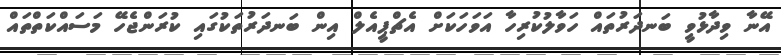
އޭނާ ވިދާޅުވީ ބަނދަރުތައް ހަވާލުކުރިހާ އަވަހަކަށް އެޗްޕީއެލް އިން ބަނދަރުތަކުގައި ކުރަންޖެހޭ މަސައްކަތްތައް